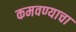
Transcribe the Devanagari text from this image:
कमवण्याचा